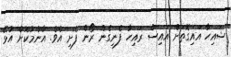
ޝައިހާ އައިގޮތަށް އައިސް ރައިހާ ފެނިގެން ރޯން ފެށި އެވެ. އާންމުކޮށް އުޅޭ